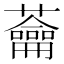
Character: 蘥